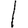
Digit: 1